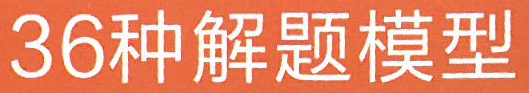
36种解题模型